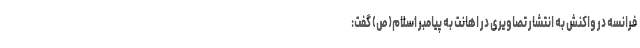
فرانسه در واکنش به انتشار تصاویری در اهانت به پیامبر اسلام(ص) گفت: